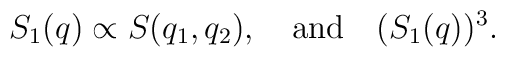
S_1(q)  \propto  S(q_1,q_2), \quad \hbox{and}\quad (S_1(q))^3 .